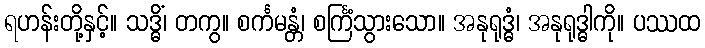
ရဟန်းတို့နှင့်။ သဒ္ဓိံ၊ တကွ။ စင်္ကမန္တံ၊ စင်္ကြံသွားသော။ အနုရုဒ္ဓံ၊ အနုရုဒ္ဓါကို။ ပဿထ